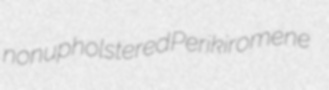
nonupholstered Perikiromene